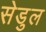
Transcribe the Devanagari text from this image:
सेडुल